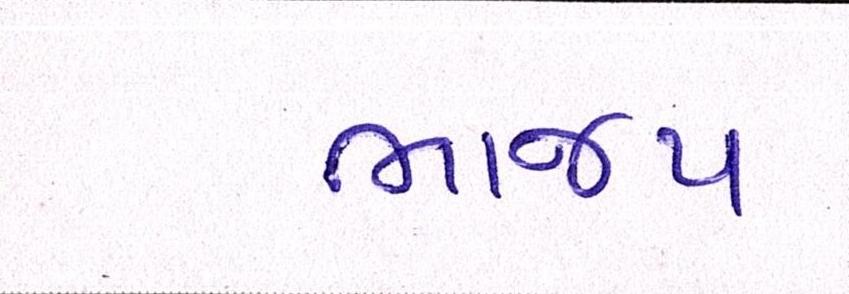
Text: ભાજપ